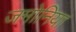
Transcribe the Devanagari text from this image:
जमोनिया